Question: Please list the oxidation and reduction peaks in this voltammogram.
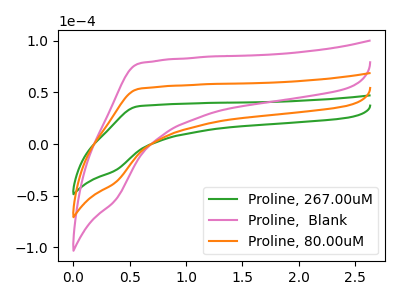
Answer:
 <answer>The green curve "Proline, 267.00uM" has no peaks. The pink curve "Proline,  Blank" has no peaks. The orange curve "Proline, 80.00uM" has no peaks.</answer>
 <eval></eval>